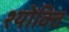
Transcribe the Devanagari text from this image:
श्योक्ति